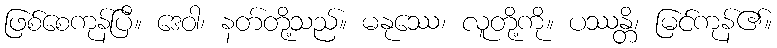
ဖြစ်စေကုန်ပြီ။ ဒေဝါ၊ နတ်တို့သည်။ မနုဿေ၊ လူတို့ကို။ ပဿန္တိ၊ မြင်ကုန်၏။